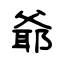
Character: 爺